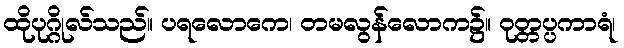
ထိုပုဂ္ဂိုလ်သည်။ ပရလောကေ၊ တမလွန်လောက၌။ ဝုတ္တပ္ပကာရံ၊